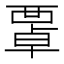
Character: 𧟻